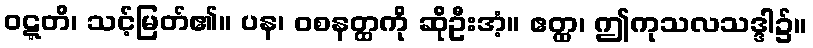
ဝဋ္ဋတိ၊ သင့်မြတ်၏။ ပန၊ ဝစနတ္ထကို ဆိုဦးအံ့။ ဧတ္ထ၊ ဤကုသလသဒ္ဒါ၌။